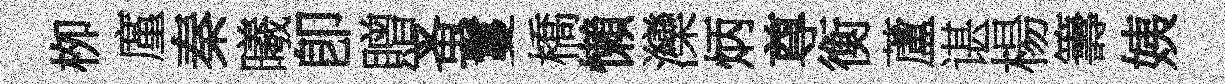
栁廑秦曦卽贈蚤鬘橋懶灤炳尊衡蘆谌楊籌姨